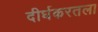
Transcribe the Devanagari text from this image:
दीर्घकरतला